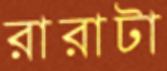
রারাটা